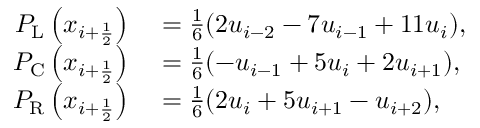
\begin{array} { r l } { P _ { \mathrm { L } } \left( x _ { i + \ensuremath { { \frac { 1 } { 2 } } } } \right) } & { { } = \frac { 1 } { 6 } ( 2 u _ { i - 2 } - 7 u _ { i - 1 } + 1 1 u _ { i } ) , } \\ { P _ { \mathrm { C } } \left( x _ { i + \ensuremath { { \frac { 1 } { 2 } } } } \right) } & { { } = \frac { 1 } { 6 } ( - u _ { i - 1 } + 5 u _ { i } + 2 u _ { i + 1 } ) , } \\ { P _ { \mathrm { R } } \left( x _ { i + \ensuremath { { \frac { 1 } { 2 } } } } \right) } & { { } = \frac { 1 } { 6 } ( 2 u _ { i } + 5 u _ { i + 1 } - u _ { i + 2 } ) , } \end{array}